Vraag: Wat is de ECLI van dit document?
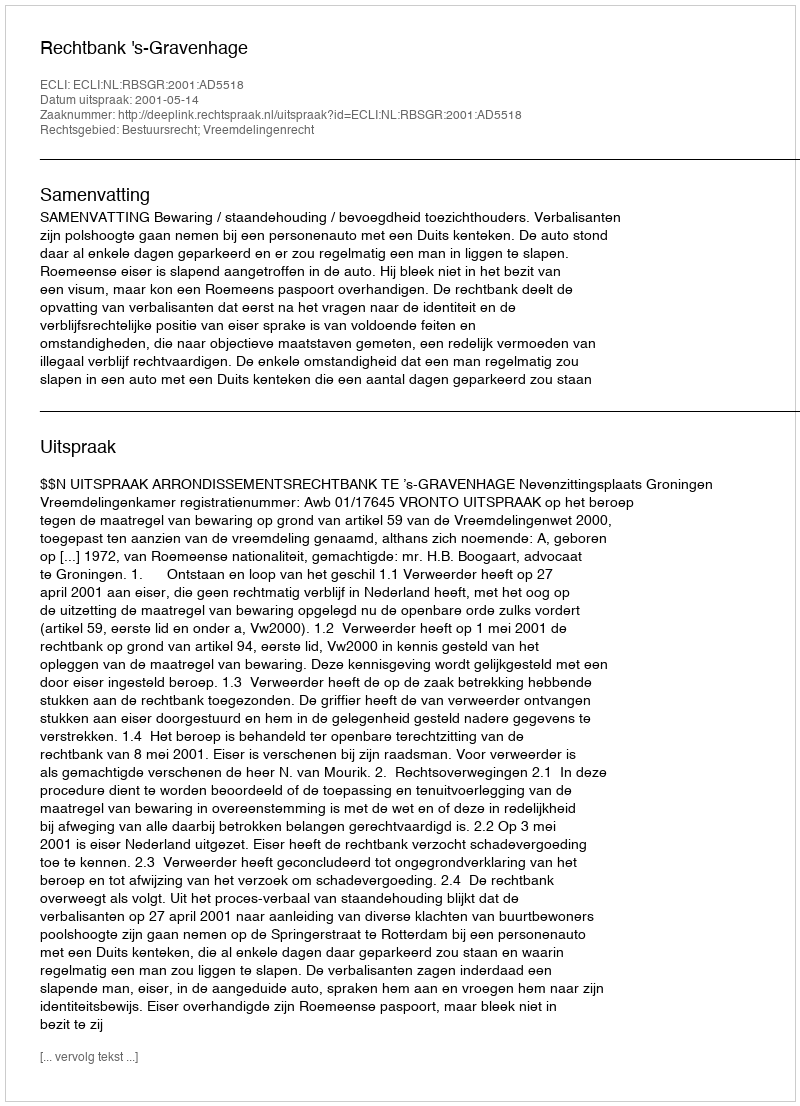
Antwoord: ECLI:NL:RBSGR:2001:AD5518